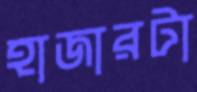
হাজারটা